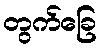
တွက်ခြေ